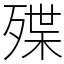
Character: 殜